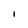
Character: I